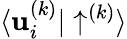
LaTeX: {\langle\mathbf{u}_{i}^{(k)}|\uparrow^{(k)}\rangle}